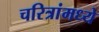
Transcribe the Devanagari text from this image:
चरित्रांमध्ये